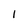
Character: l